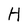
Character: H